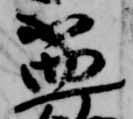
盃